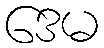
ဒေမ